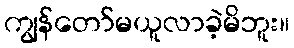
ကျွန်တော်မယူလာခဲ့မိဘူး။